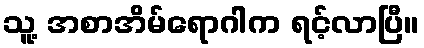
သူ့ အစာအိမ်ရောဂါက ရင့်လာပြီ။